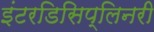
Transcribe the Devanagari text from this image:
इंटरडिसिप्लिनरी